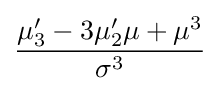
{\frac {\mu '_{3}-3\mu '_{2}\mu +\mu ^{3}}{\sigma ^{3}}}